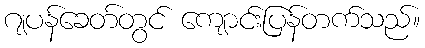
ဂျပန်ခေတ်တွင် ကျောင်းပြန်တက်သည်။